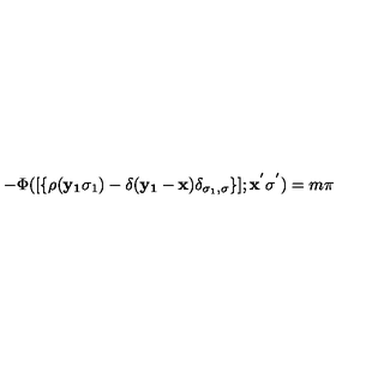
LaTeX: - \Phi ( [ \{ \rho ( { \bf { y _ { 1 } } } \sigma _ { 1 } ) - \delta ( { \bf { y _ { 1 } } } - { \bf { x } } ) \delta _ { \sigma _ { 1 } , \sigma } \} ] ; { \bf { x ^ { ' } } } \sigma ^ { ' } ) = m \pi